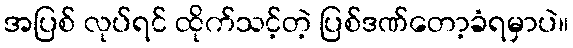
အပြစ် လုပ်ရင် ထိုက်သင့်တဲ့ ပြစ်ဒဏ်တော့ခံရမှာပဲ။